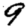
Digit: 9